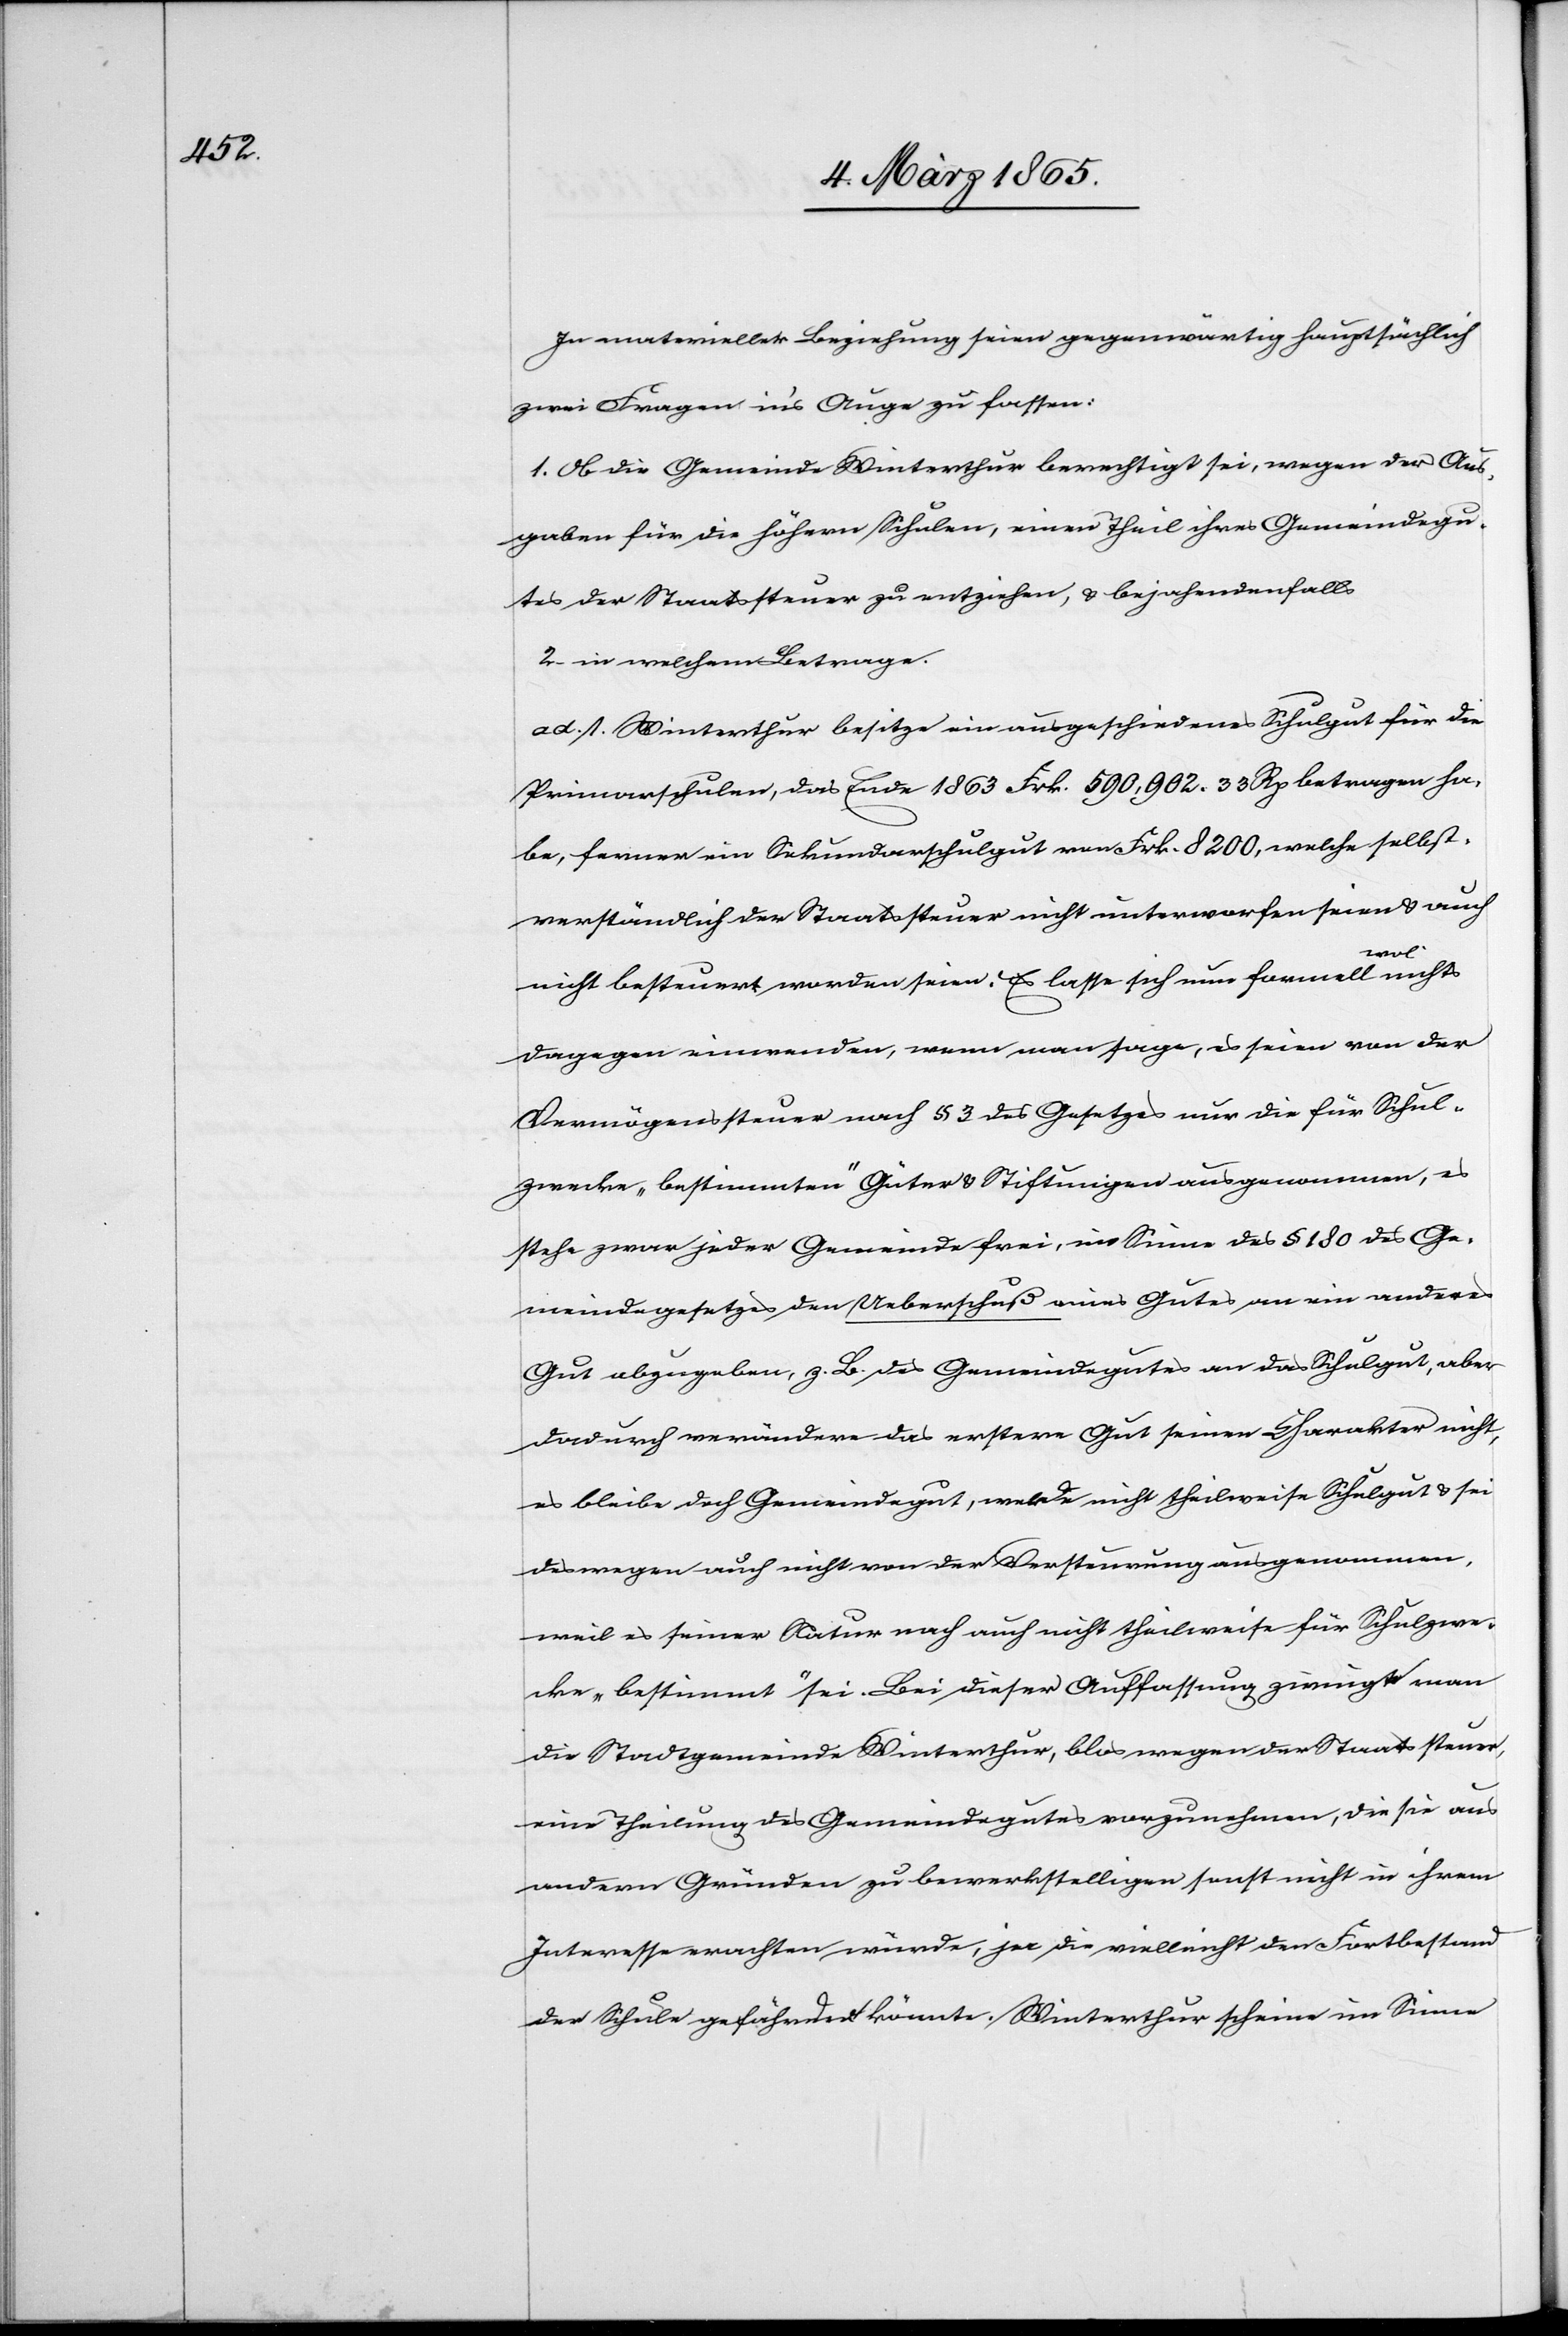
In materieller Beziehung seien gegenwärtig hauptsächlich
zwei Fragen in’s Auge zu fassen:
1. Ob die Gemeinde Winterthur berechtigt sei, wegen der Aus¬
gaben für die höhern Schulen, einen Theil ihres Gemeindegu¬
tes der Staatssteuer zu entziehen, u. bejahendenfalls
2. in welchem Betrage.
ad. 1. Winterthur besitze ein ausgeschiedenes Schulgut für die
Primarschulen, das Ende 1863 Frk. 590,902. 33 Rp betragen ha¬
be, ferner ein Sekundarschulgut von Frk. 8200, welche selbst¬
verständlich der Staatssteuer nicht unterworfen seien u. auch
nicht besteuert worden seien. Es lasse sich nun formell wol nichts
dagegen einwenden, wenn man sage, es seien von der
Vermögenssteuer nach § 3 des Gesetzes nur die für Schul¬
zwecke „bestimmten“ Güter u. Stiftungen ausgenommen, es
stehe zwar jeder Gemeinde frei, im Sinne des § 180 des Ge¬
meindegesetzes den Ueberschuß eines Gutes an ein anderes
Gut abzugeben, z. B. des Gemeindegutes an das Schulgut, aber
dadurch verändere das erster Gut seinen Charakter nicht,
es bleibe doch Gemeindegut, werde nicht theilweise Schulgut u. sei
deswegen auch nicht von der Versteurung ausgenommen,
weil es seiner Natur nach auch nicht theilweise für Schulzwe¬
cke „bestimmt“ sei. Bei dieser Auffassung zwingt man
die Stadtgemeinde Winterthur, blos wegen der Staatssteuer,
eine Theilung des Gemeindegutes vorzunehmen, die sie aus
andern Gründen zu bewerkstelligen sonst nicht in ihrem
Interesse erachten würde, ja die vielleicht den Fortbestand
der Schule gefährden könnte. Winterthur scheine im Sinne